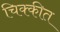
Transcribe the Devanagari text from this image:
चिक्कीत